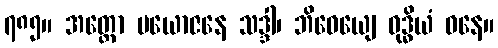
၇၈၅။ အတ္ထော ပယောဇနေ သဒ္ဒါ၊ ဘိဓေယျေ ဝုဒ္ဓိယံ ဓနေ။